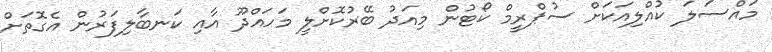
މައްސަލަ ކުއްލިއަކަށް ސުޕްރީމް ކޯޓުން މިއަދު ބޭރުކޮށްލީ މަހައްދޫ އާއި ކަނބާލިފަރުން އެގޮތަށް